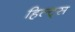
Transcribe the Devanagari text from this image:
हिल्ट्स